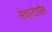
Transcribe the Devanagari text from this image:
सेवास्टोपॉल